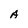
Character: A